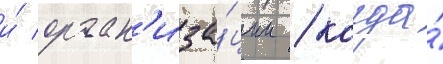
и́ орган'иза́ции / когда́